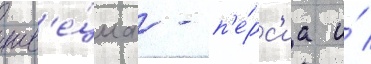
шв'е́циа - п'е́рс'иа и́